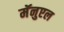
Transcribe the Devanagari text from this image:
मॅनुएल